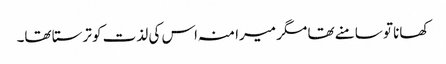
کھانا تو سامنے تھا مگر میرا منہ اس کی لذت کو ترستا تھا۔